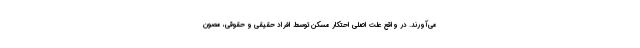
می‌آورند. در واقع علت اصلی احتکار مسکن توسط افراد حقیقی و حقوقی، مصون